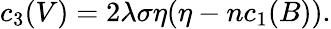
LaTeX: c_{3}(V)=2\lambda\sigma\eta(\eta-nc_{1}(B)).